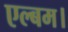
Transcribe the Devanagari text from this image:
एल्बम।